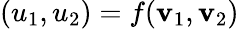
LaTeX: (u_{1},u_{2})=f(\mathbf{v}_{1},\mathbf{v}_{2})